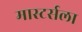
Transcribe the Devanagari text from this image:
मास्टर्सला